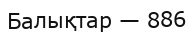
Балықтар — 886